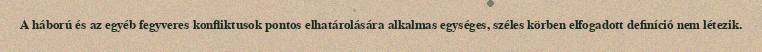
A háború és az egyéb fegyveres konfliktusok pontos elhatárolására alkalmas egységes, széles körben elfogadott definíció nem létezik.